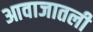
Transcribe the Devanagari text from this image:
आवाजातली